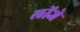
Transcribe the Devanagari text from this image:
लोंजे